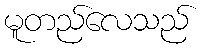
မူတည်လေသည်